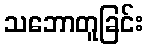
သဘောတူခြင်း